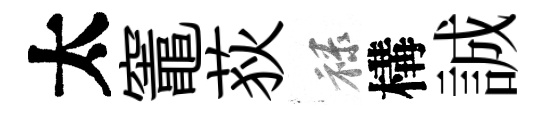
太竈荻禄構誠